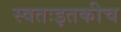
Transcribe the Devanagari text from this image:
स्वतःइतकीच